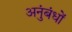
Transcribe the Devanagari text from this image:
अनुंबंधों